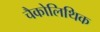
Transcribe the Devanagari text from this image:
चैकोलिथिक